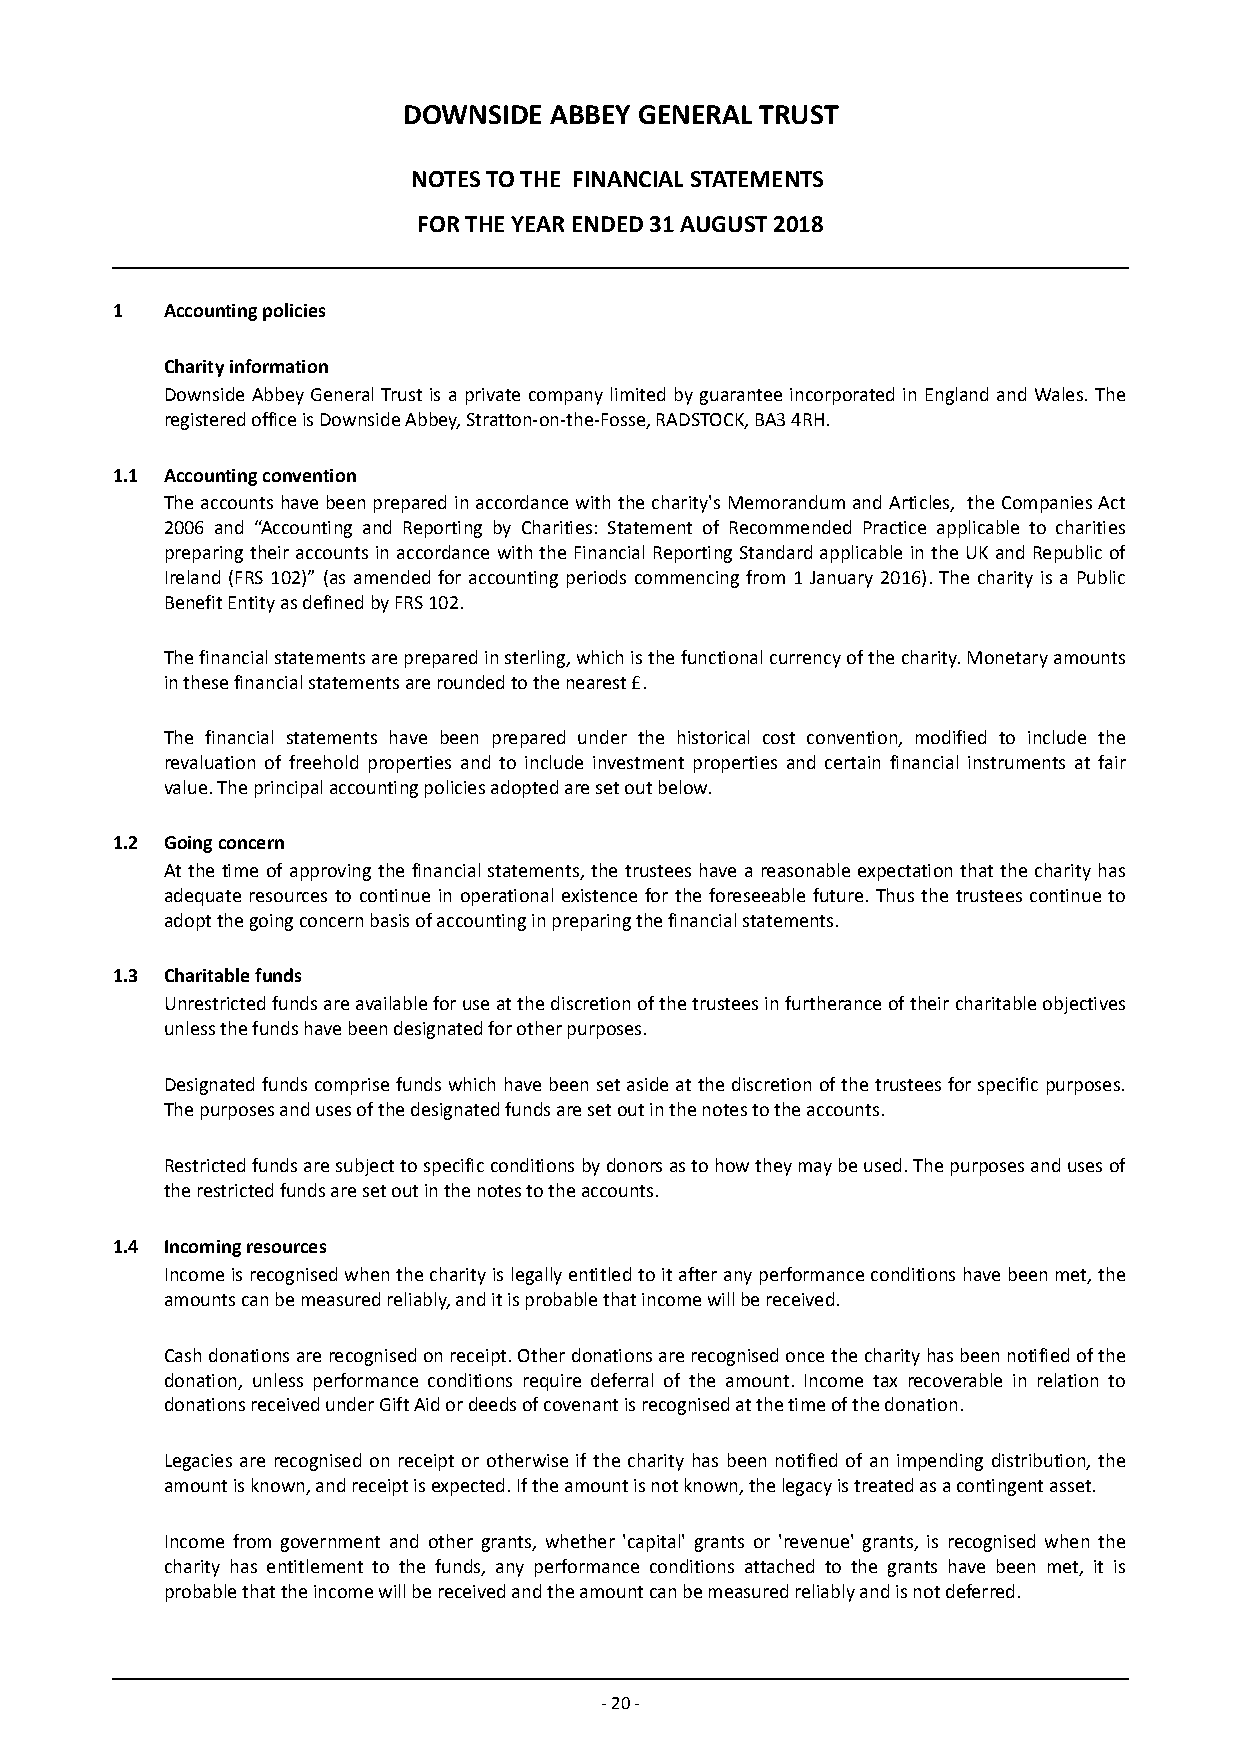
DOWNSIDE ABBEY GENERAL TRUST
 NOTES TO THE FINANCIAL STATEMENTS
 FOR THE YEAR ENDED 31 AUGUST 2018
 1   Accounting policies
 Charity information
 Downside Abbey General Trust is a private company limited by guarantee incorporated in England and Wales. The
 registered office is Downside Abbey, Stratton-on-the-Fosse, RADSTOCK, BA3 4RH.
 1.1 Accounting convention
 The accounts have been prepared in accordance with the charity's Memorandum and Articles, the Companies Act
 2006 and “Accounting and Reporting by Charities: Statement of Recommended Practice applicable to charities
 preparing their accounts in accordance with the Financial Reporting Standard applicable in the UK and Republic of
 Ireland (FRS 102)” (as amended for accounting periods commencing from 1 January 2016). The charity is a Public
 Benefit Entity as defined by FRS 102.
 The financial statements are prepared in sterling, which is the functional currency of the charity. M onetary am ounts
 i n these financial statements are r ounded to the nearest £.
 The financial statements have been prepared under the historical cost convention, modified to include the
 revaluation of freehold properties and to include investment properties and certain financial instruments at fair
 value. The principal accounting policies adopted are set out below.
 1.2 Going concern
 At the time of approving the financial statements, the trustees have a reasonable expectation that the charity has
 adequate resources to continue in operational existence for the foreseeable future. Thus the trustees c ontinue t o
 adopt the going concern basis of accounting in preparing the financial statements.
 1.3 Charitable funds
 Unrestricted funds are available for use at the discretion of the trustees in furtherance of their charitable objectives
 unless the funds have been designated for other purposes.
 Designated funds comprise funds which have been set aside at the discretion of the trustees for specific purposes.
 The purposes and uses of the designated funds are set out in the notes to the accounts.
 Restricted funds are subject to specific conditions by donors as to how they may be used. The purposes and uses of
 the restricted funds are set out in the notes to the accounts.
 1.4 Incoming resources
 Income is recognised when the charity is legally entitled to it after any performance conditions have been met, the
 amounts can be measured reliably, and it is probable that income will be received.
 Cash donations are recognised on receipt. Other donations are recognised once the charity has been notified of the
 donation, unless performance conditions require deferral of the amount. Income tax recoverable in relation to
 donations received under Gift Aid or deeds of covenant is recognised at the time of the donation.
 Legacies are recognised on receipt or otherwise if the charity has been notified of an impending distribution, the
 amount is known, and receipt is expected. If the amount is not known, the legacy is treated as a contingent asset.
 Income from government and other grants, whether 'capital' grants or 'revenue' grants, is recognised when the
 charity has entitlement to the funds, any performance conditions attached to the grants have been met, it is
 probable that the income will be received and the amount can be measured reliably and is not deferred.
 - 20 -